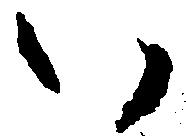
い